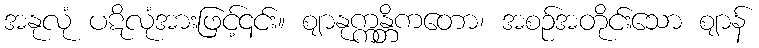
အနုလုံ ပဋိလုံအားဖြင့်၎င်း။ ဈာနုက္ကန္တိကတော၊ အစဉ်အတိုင်းသော ဈာန်